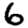
Digit: 6